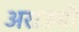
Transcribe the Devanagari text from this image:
अराउजो